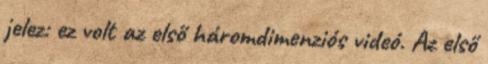
jelez: ez volt az első háromdimenziós videó. Az első